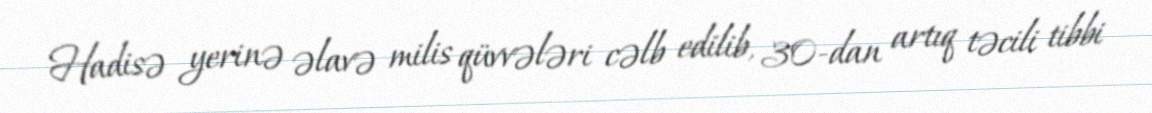
Hadisə yerinə əlavə milis qüvvələri cəlb edilib, 30-dan artıq təcili tibbi